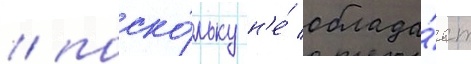
/ поско́льку н'е́ облада́ет